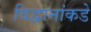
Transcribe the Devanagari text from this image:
विद्वानांकडे